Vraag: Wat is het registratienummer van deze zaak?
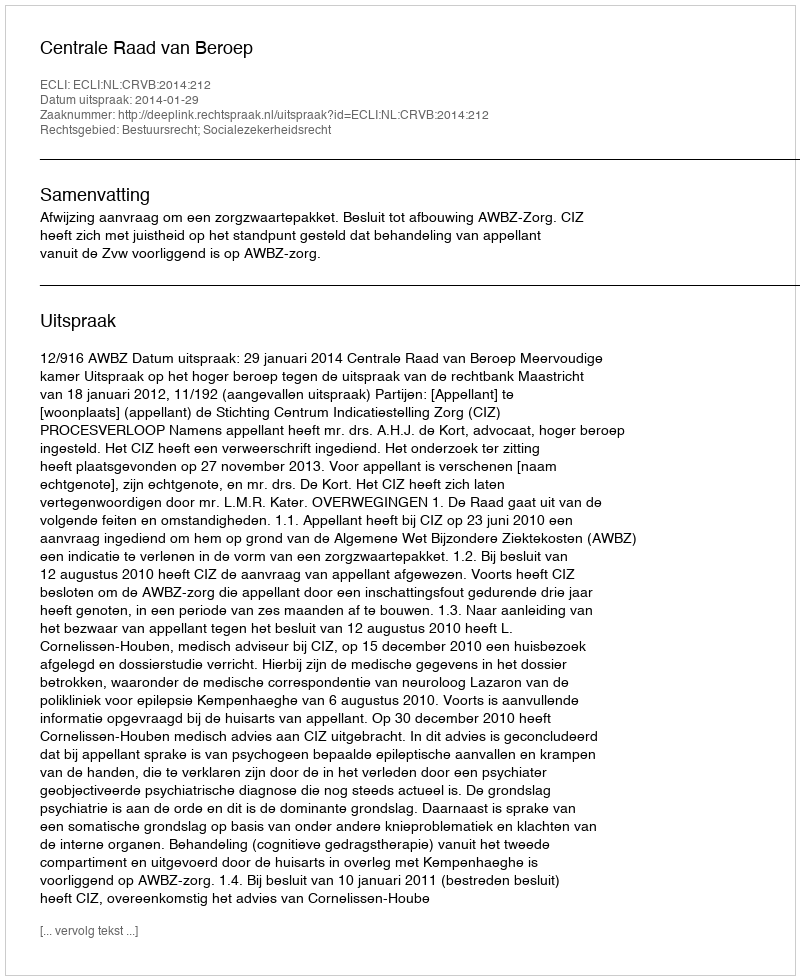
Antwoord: http://deeplink.rechtspraak.nl/uitspraak?id=ECLI:NL:CRVB:2014:212